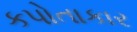
કપોતાકાર